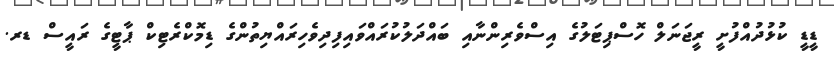
ޑީޑީ ކުޅުދުއްފުށީ ރީޖަނަލް ހޮސްޕިޓަލުގެ އިސްވެރިންނާއި ބައްދަލުކުރައްވައިފިދިވެހިރައްޔިތުންގެ ޑިމޮކްރެޓިކް ޕާޓީގެ ރައީސް ޑރ.